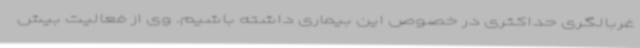
غربالگری حداکثری در خصوص این بیماری داشته باشیم. وی از فعالیت بیش